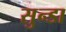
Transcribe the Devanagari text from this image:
सुन्डा